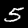
Label: 5